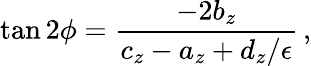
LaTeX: \tan 2\phi={\frac{-2b_{z}}{c_{z}-a_{z}+d_{z}/\epsilon}}\, ,